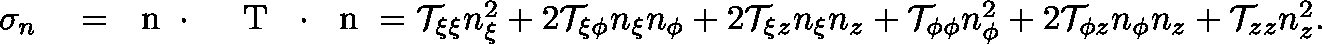
\begin{array} { r l } { \sigma _ { n } } & { { } = { \mathrm { ~ \boldmath ~ n ~ } } \cdot { \mathrm { ~ \boldmath ~ \mathcal ~ { ~ T ~ } ~ } } \cdot { \mathrm { ~ \boldmath ~ n ~ } } = \mathcal { T } _ { \xi \xi } n _ { \xi } ^ { 2 } + 2 \mathcal { T } _ { \xi \phi } n _ { \xi } n _ { \phi } + 2 \mathcal { T } _ { \xi z } n _ { \xi } n _ { z } + \mathcal { T } _ { \phi \phi } n _ { \phi } ^ { 2 } + 2 \mathcal { T } _ { \phi z } n _ { \phi } n _ { z } + \mathcal { T } _ { z z } n _ { z } ^ { 2 } . } \end{array}